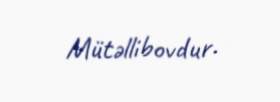
Mütəllibovdur.